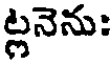
ట్లనెను: